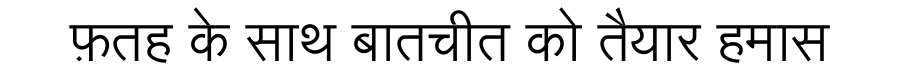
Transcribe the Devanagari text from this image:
फ़तह के साथ बातचीत को तैयार हमास